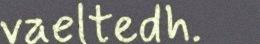
vaeltedh.